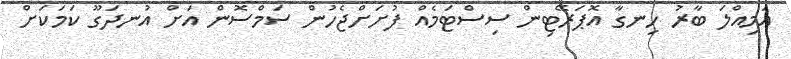
އަމިއްލަ ބާރު ހިނގާ އޮޕަރޭޓިން ސިސްޓަމެއް ފުށަށްޖެހުން ސަމްސޮން އަށް އުނދަގޫ ކަމަކަށް